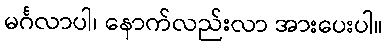
မင်္ဂလာပါ၊ နောက်လည်းလာ အားပေးပါ။